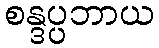
စန္ဒပ္ပဘာယ